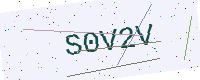
Text: S0V2V